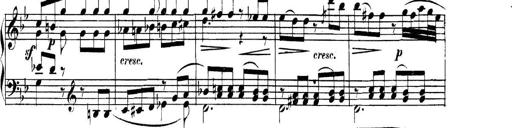
Title: Collected Piano Sonatas
Composer: Muzio Clementi